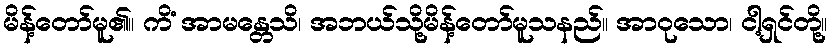
မိန့်တော်မူ၏။ ကိံ အာမန္တေသိ၊ အဘယ်သို့မိန့်တော်မူသနည်။ အာဝုသော၊ ငါ့ရှင်တို့။